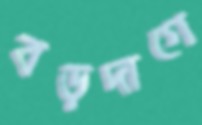
বড়দাগে